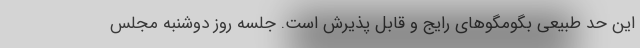
این حد طبیعی بگومگوهای رایج و قابل پذیرش است. جلسه روز دوشنبه مجلس